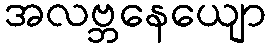
အလဗ္ဘနေယျော